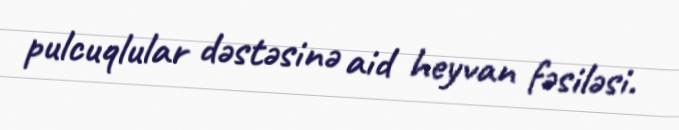
pulcuqlular dəstəsinə aid heyvan fəsiləsi.